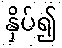
နှိပ်၍